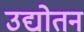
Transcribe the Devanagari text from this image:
उद्योतन